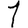
Digit: 1